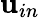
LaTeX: \mathbf{u}_{in}